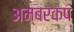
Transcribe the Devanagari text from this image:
अम्बरकप